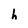
Character: h